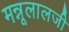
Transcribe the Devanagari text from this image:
मन्नूलालजी